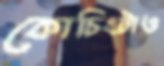
কোচিংটাও